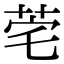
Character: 𬜭